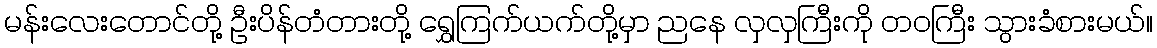
မန်းလေးတောင်တို့ ဦးပိန်တံတားတို့ ရွှေကြက်ယက်တို့မှာ ညနေ လှလှကြီးကို တဝကြီး သွားခံစားမယ်။